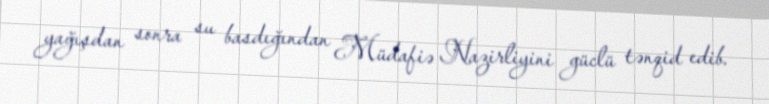
yağışdan sonra su basdığından Müdafiə Nazirliyini güclü tənqid edib.